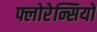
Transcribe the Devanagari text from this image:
फ्लोरेन्सियो